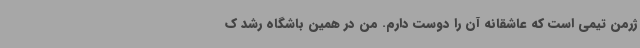
ژرمن تیمی است که عاشقانه آن را دوست دارم. من در همین باشگاه رشد ک